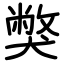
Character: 獘